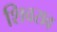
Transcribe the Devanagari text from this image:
शिवराव